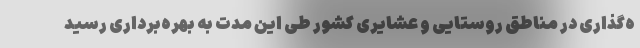
ه‌گذاری در مناطق روستایی و عشایری کشور طی این مدت به بهره‌برداری رسید